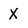
Character: X